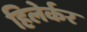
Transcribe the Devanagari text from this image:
हिलेर्कर